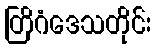
တြိဂံဒေသတိုင်း